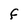
Character: F